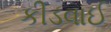
કીડવાઈ